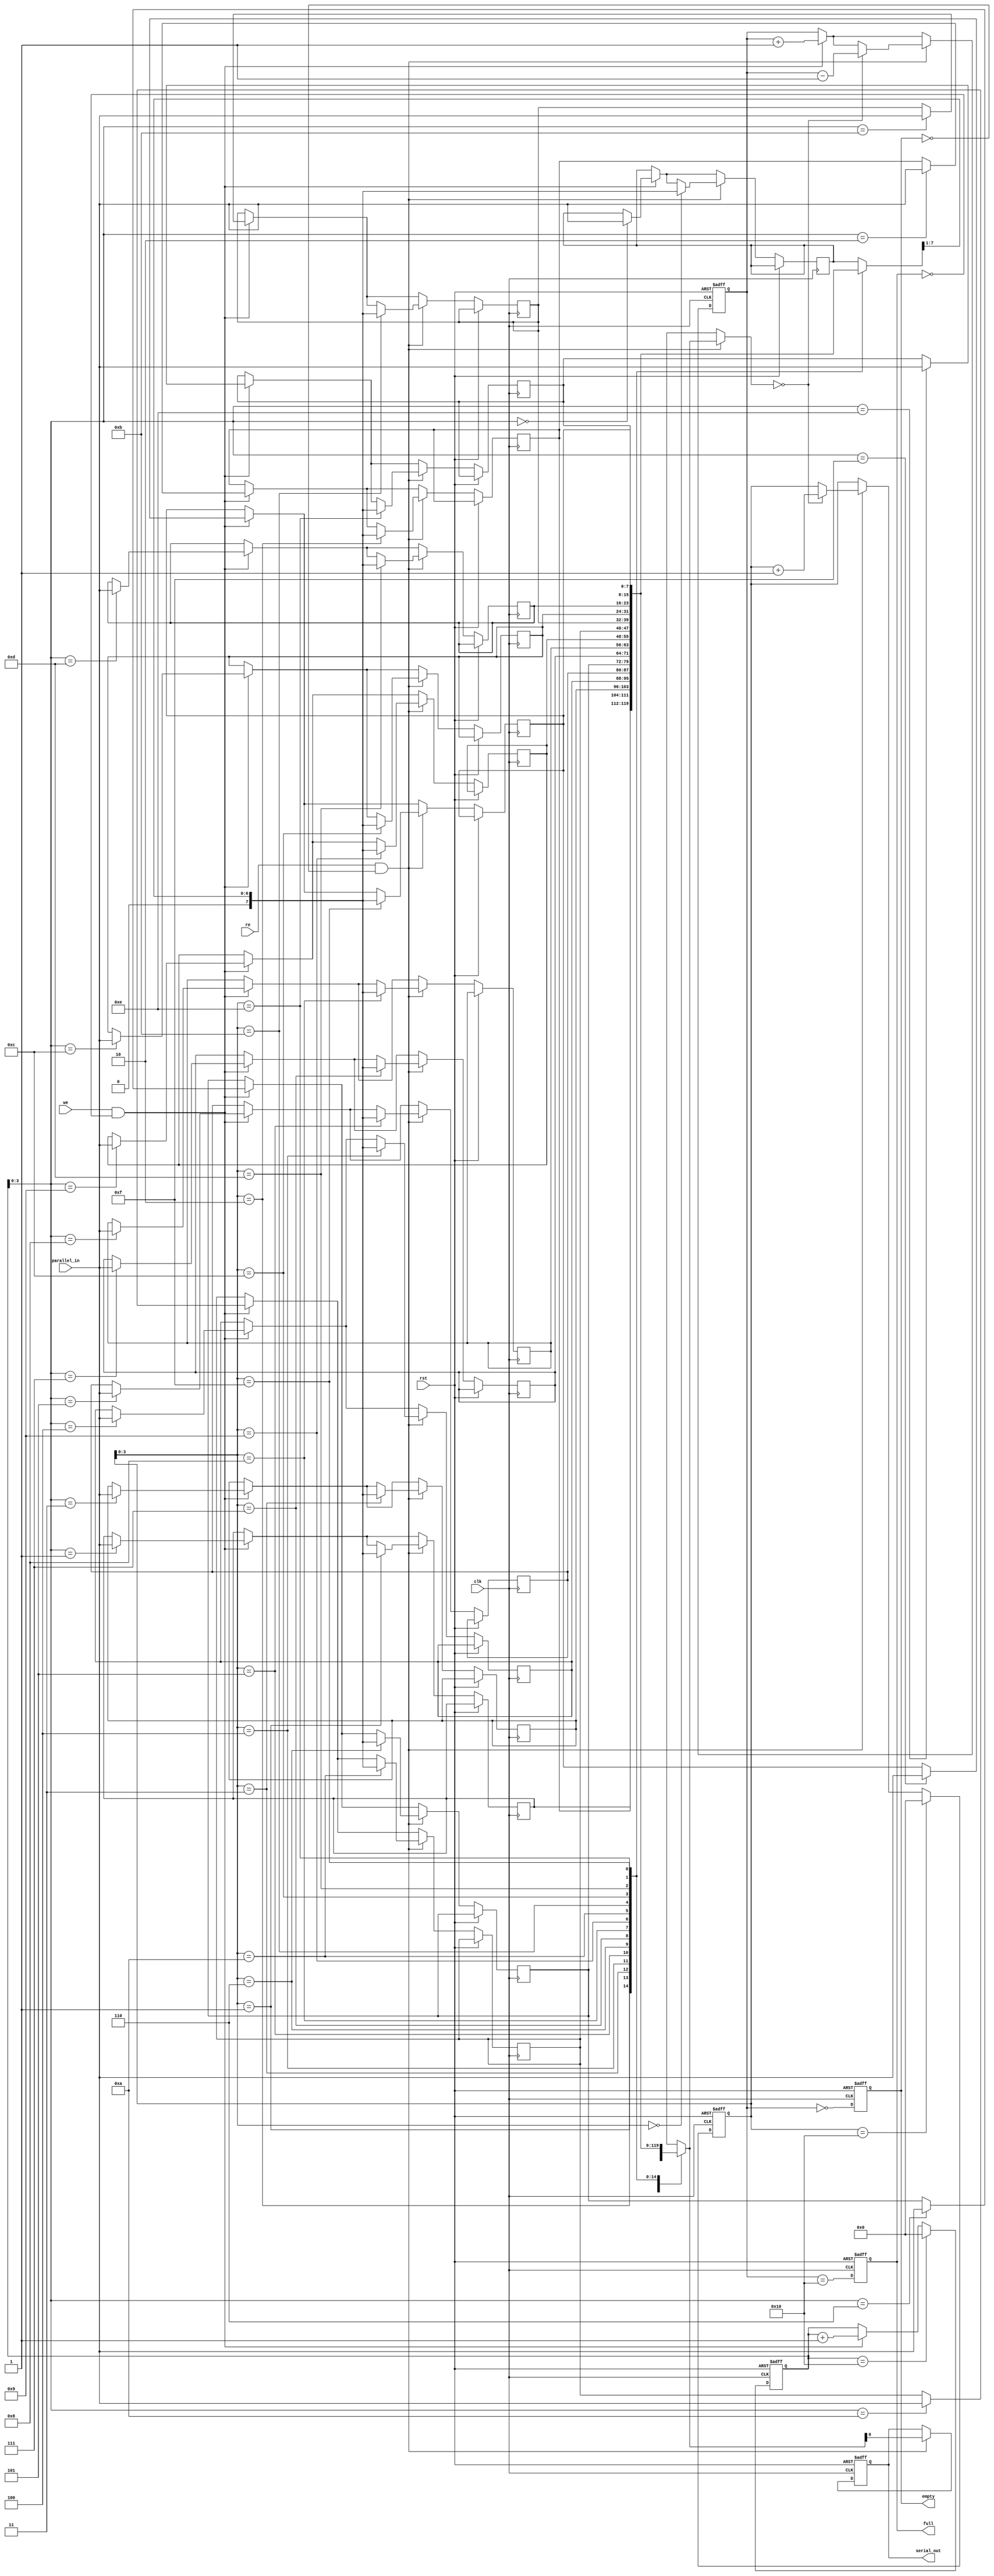
module fifo_piso #(
    parameter DATA_WIDTH = 8,  // Width of the data input
    parameter FIFO_DEPTH = 16   // Depth of the FIFO
) (
    input wire [(DATA_WIDTH - 1):0] parallel_in, // Parallel input data
    input wire we,       // Write enable
    input wire re,       // Read enable
    input wire clk,      // Clock signal
    input wire rst,      // Asynchronous reset
    output reg serial_out, // Serial output data
    output reg full,     // FIFO full flag
    output reg empty     // FIFO empty flag
);

    reg [DATA_WIDTH - 1:0] fifo_mem[FIFO_DEPTH - 1:0]; // FIFO memory
    reg [$clog2(FIFO_DEPTH):0] write_pointer;  // Write pointer
    reg [$clog2(FIFO_DEPTH):0] read_pointer;   // Read pointer
    reg [$clog2(FIFO_DEPTH):0] count;          // Count of elements in FIFO
    
    // Asynchronous reset
    always @(posedge clk or posedge rst) begin
        if (rst) begin
            write_pointer <= 0;
            read_pointer <= 0;
            count <= 0;
            full <= 0;
            empty <= 1;
            serial_out <= 0;
        end else begin
            // Write operation
            if (we && !full) begin
                fifo_mem[write_pointer] <= parallel_in;
                write_pointer <= write_pointer + 1;
                count <= count + 1;
            end

            // Update full and empty flags
            full <= (count == FIFO_DEPTH);
            empty <= (count == 0);
            
            // Read operation
            if (re && !empty) begin
                serial_out <= fifo_mem[read_pointer][0]; // Output the LSB of the data
                fifo_mem[read_pointer] <= {1'b0, fifo_mem[read_pointer][DATA_WIDTH - 1:1]}; // Shift to the right
                if (fifo_mem[read_pointer] == 0) begin
                    read_pointer <= read_pointer + 1; // Move to the next position
                    count <= count - 1;
                end
            end

            // Wrap pointers
            if (write_pointer == FIFO_DEPTH) begin
                write_pointer <= 0;
            end
            if (read_pointer == FIFO_DEPTH) begin
                read_pointer <= 0;
            end
        end
    end

endmodule